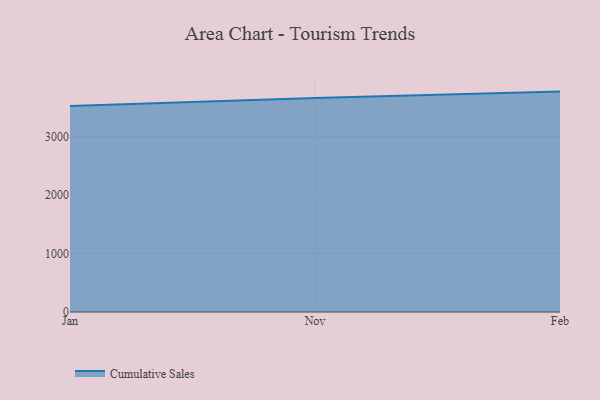
{"axis": {"x": "Month", "y": "Production Output"}, "legend": ["Cumulative Sales"], "data": [{"x": "Jan", "y": 3521.4, "type": "Cumulative Sales"}, {"x": "Nov", "y": 3660.8, "type": "Cumulative Sales"}, {"x": "Feb", "y": 3769.8, "type": "Cumulative Sales"}]}